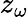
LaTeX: z_{\omega}